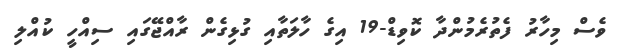
ވެސް މިހާރު ފެތުރެމުންދާ ކޮވިޑް-19 އިގެ ހާލަތާއި ގުޅިގެން ރާއްޖޭގައި ސިއްހީ ކުއްލި